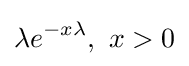
\lambda e^{-x\lambda },\,\,x>0